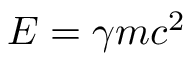
E = \gamma m c ^ { 2 }